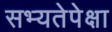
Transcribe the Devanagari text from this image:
सभ्यतेपेक्षा